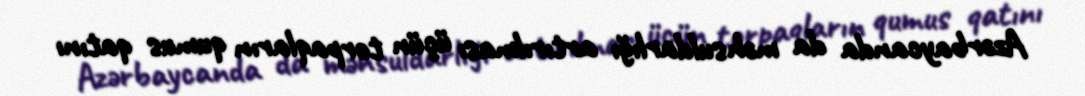
Azərbaycanda da məhsuldarlığı artırılması üçün torpaqların qumus qatını